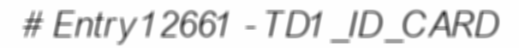
# Entry 12661 - TD1_ID_CARD